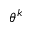
\theta ^ { k }